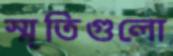
স্মৃতিগুলো